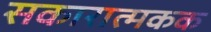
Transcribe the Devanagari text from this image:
सकारात्मकक